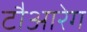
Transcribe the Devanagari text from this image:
टौआरेग